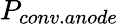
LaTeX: P_{conv.anode}